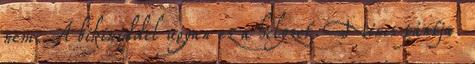
nem. A bikiniddel ugyan ez a helyzet. Nincs pántja.